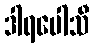
ဒါရပေါသီ